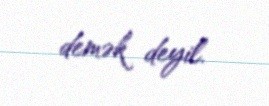
demək deyil.